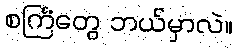
စင်္ကြံတွေ ဘယ်မှာလဲ။